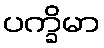
ပက္ခိမာ